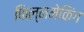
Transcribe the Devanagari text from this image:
फिल्ममेकिंग